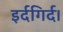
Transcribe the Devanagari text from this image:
इर्दगिर्द।